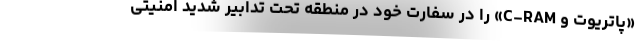
«پاتریوت و C-RAM» را در سفارت خود در منطقه تحت تدابیر شدید امنیتی